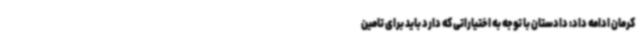
کرمان ادامه داد: دادستان با توجه به اختیاراتی که دارد باید برای تامین